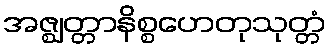
အဇ္ဈတ္တာနိစ္စဟေတုသုတ္တံ